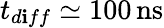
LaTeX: t_{d\mathbf{i}ff}\simeq100\, \mathrm{{ns}}